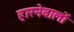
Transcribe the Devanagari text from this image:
हारनेवालों